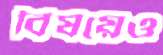
বিষয়েও